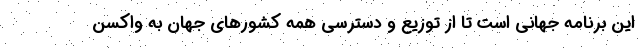
این برنامه جهانی است تا از توزیع و دسترسی همه کشورهای جهان به واکسن